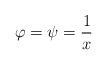
\begin{align*}\varphi=\psi=\frac{1}{x}\end{align*}